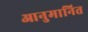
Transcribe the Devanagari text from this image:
आनुमानित